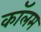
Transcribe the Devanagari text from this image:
काॅलम